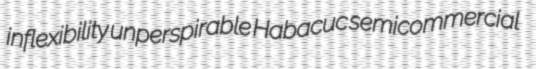
inflexibility unperspirable Habacuc semicommercial